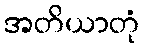
အတိယာတုံ